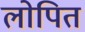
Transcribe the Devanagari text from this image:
लोपित